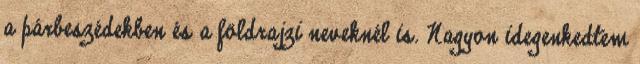
a párbeszédekben és a földrajzi neveknél is. Nagyon idegenkedtem